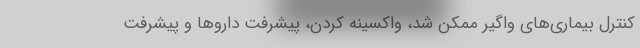
کنترل بیماری‌های واگیر ممکن شد، واکسینه کردن، پیشرفت داروها و پیشرفت